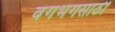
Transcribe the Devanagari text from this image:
वंगभंगसाठी